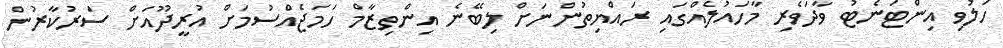
ހަލުވި އިންޓަނެޓު ވާދަވެރި މާހައުލެއްގައި ރައްޔިތުންނަށް ލިބޭނެ އިންތިޒާމް ހަމަޖެއްސުމަށް އުރީދޫއަށް ސަރުކާރުން